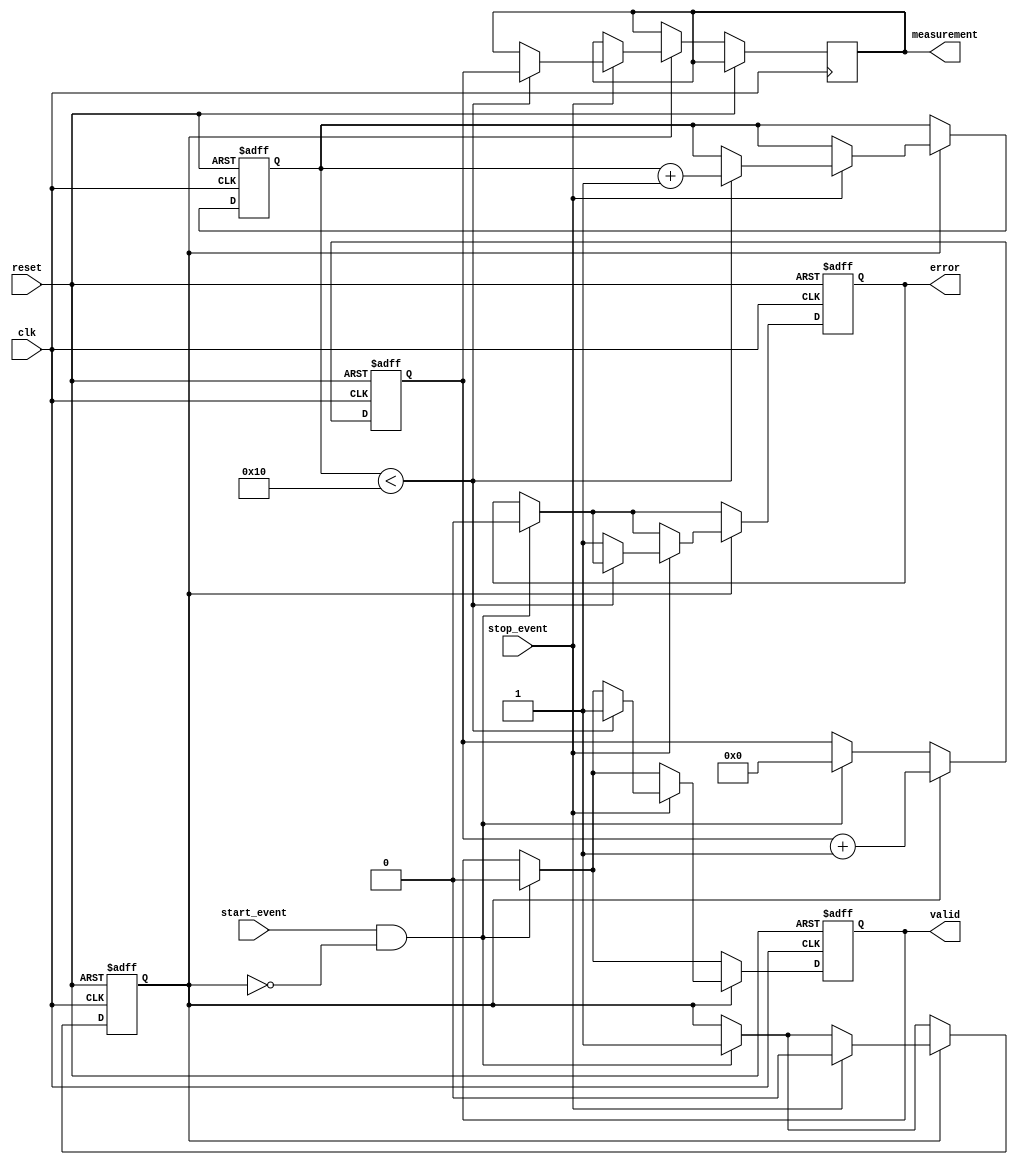
module TDC (
    input wire clk,                // System clock
    input wire reset,              // System reset
    input wire start_event,        // Start event trigger
    input wire stop_event,         // Stop event trigger
    output reg [31:0] measurement, // Measured time output
    output reg valid,              // Measurement valid flag
    output reg error               // Error flag
);

// Parameters
parameter MAX_MEASUREMENTS = 16; // Maximum number of measurements
parameter TIME_RESOLUTION = 1;    // Time resolution in clock cycles (adjustable)

// Internal signals
reg [31:0] counter;                // Time counter
reg [31:0] memory [0:MAX_MEASUREMENTS-1]; // Memory block for measurements
reg [3:0] write_ptr;               // Pointer for writing to memory
reg measuring;                     // State to indicate measuring status

// Control Logic
always @(posedge clk or posedge reset) begin
    if (reset) begin
        counter <= 0;
        write_ptr <= 0;
        valid <= 0;
        error <= 0;
        measuring <= 0;
    end else begin
        // Start measurement
        if (start_event && !measuring) begin
            counter <= 0; // Reset counter
            measuring <= 1; // Start measuring
            valid <= 0; // Clear valid flag
            error <= 0; // Clear error flag
        end
        
        // Measure time until stop event
        if (measuring) begin
            counter <= counter + TIME_RESOLUTION; // Increment counter

            // Stop measurement
            if (stop_event) begin
                if (write_ptr < MAX_MEASUREMENTS) begin
                    memory[write_ptr] <= counter; // Store measurement
                    write_ptr <= write_ptr + 1; // Increment write pointer
                    measurement <= counter; // Output the last measurement
                    valid <= 1; // Set valid flag
                end else begin
                    error <= 1; // Set error flag if memory is full
                end
                measuring <= 0; // Stop measuring
            end
        end
    end
end

endmodule